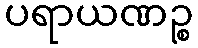
ပရာယဏဉ္စ